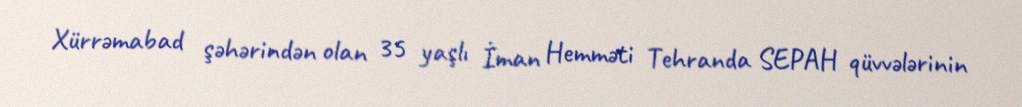
Xürrəmabad şəhərindən olan 35 yaşlı İman Hemməti Tehranda SEPAH qüvvələrinin